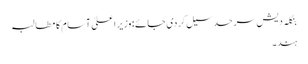
بنگلہ دیش سرحد سیل کردی جا ئے :وزیر اعلیٰ آسام کا مطالبہ
ہند۔